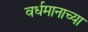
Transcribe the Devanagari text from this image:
वर्धमानाच्या